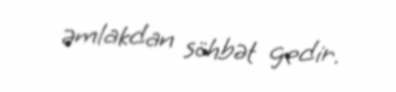
əmlakdan söhbət gedir.